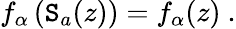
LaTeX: f_{\alpha}\left(\mathtt{S}_{a}(z)\right)=f_{\alpha}(z)\ .